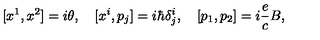
[ x ^ { 1 } , x ^ { 2 } ] = i \theta , \quad [ x ^ { i } , p _ { j } ] = i \hbar \delta _ { j } ^ { i } , \quad [ p _ { 1 } , p _ { 2 } ] = i \frac { e } { c } B ,